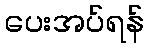
ပေးအပ်ရန်